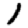
Digit: 1